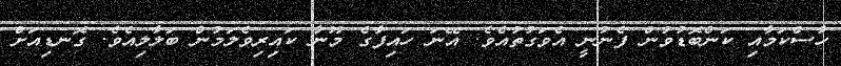
ހާސްކަމާއި ކަންބޮޑުވުން ފެނުނީ އެވަގުތުއެވެ. އޭނަ ހައިފާގެ މޫނާ ކައިރިވެލަމުން ބަލާލިއެވެ. ގޮނޑިއަށް